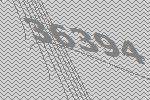
36394